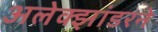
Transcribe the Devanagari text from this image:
अलेक्झांडरने